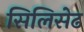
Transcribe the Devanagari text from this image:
सिलिसेढ